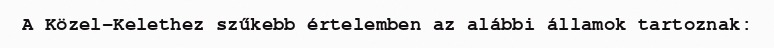
A Közel-Kelethez szűkebb értelemben az alábbi államok tartoznak: